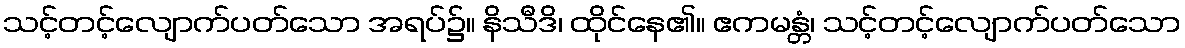
သင့်တင့်လျောက်ပတ်သော အရပ်၌။ နိသီဒိ၊ ထိုင်နေ၏။ ဧကမန္တံ၊ သင့်တင့်လျောက်ပတ်သော